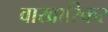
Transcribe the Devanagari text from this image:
वाखारिकर